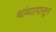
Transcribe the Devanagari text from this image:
थांब्यापासून